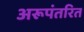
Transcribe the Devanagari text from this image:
अरूपंतरित